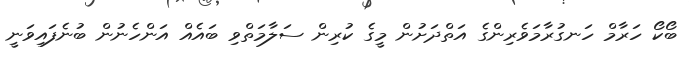
ބޯކޯ ހަރާމް ހަނގުރާމަވެރިންގެ އަތްދަށުން މީގެ ކުރިން ސަލާމަތްވި ބައެއް އަންހެނުން ބުނެފައިވަނީ